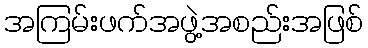
အကြမ်းဖက်အဖွဲ့အစည်းအဖြစ်